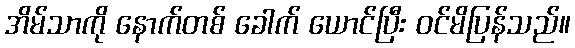
အိမ်သာကို နောက်တစ် ခေါက် ယောင်ပြီး ဝင်မိပြန်သည်။